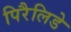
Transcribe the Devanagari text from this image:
पिरैलिडे